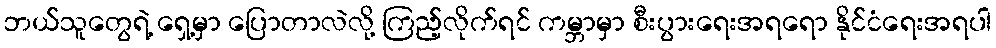
ဘယ်သူတွေရဲ့ ရှေ့မှာ ပြောတာလဲလို့ ကြည့်လိုက်ရင် ကမ္ဘာမှာ စီးပွားရေးအရရော နိုင်ငံရေးအရပါ